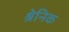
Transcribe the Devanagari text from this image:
श्रेनिक